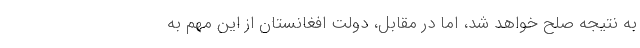
به نتیجه صلح خواهد شد، اما در مقابل، دولت افغانستان از این مهم به